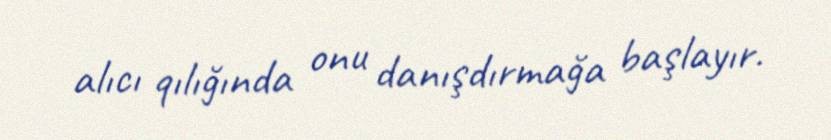
alıcı qılığında onu danışdırmağa başlayır.